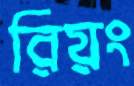
রিয়ং